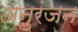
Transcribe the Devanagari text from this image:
अनुरंजन